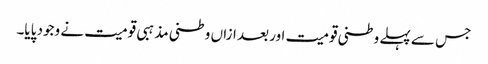
جس سے پہلے وطنی قومیت اور بعد ازاں وطنی مذہبی قومیت نے وجود پایا۔